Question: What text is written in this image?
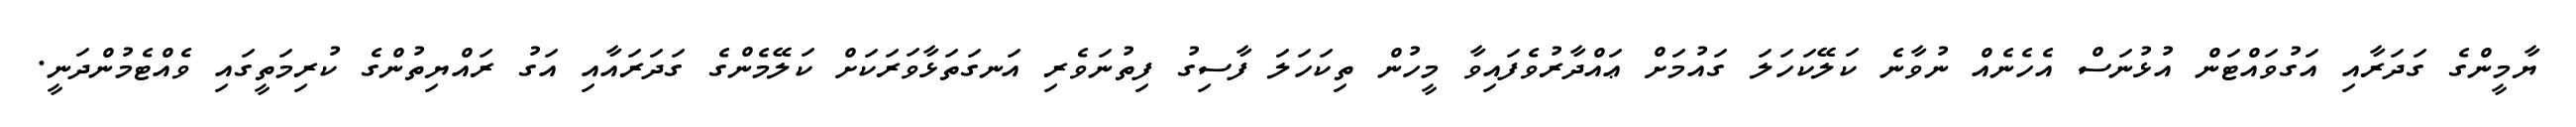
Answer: ޔާމީންގެ ގަދަރާއި އަގުވައްޓަން އުޅުނަސް އެހެނެއް ނުވާނެ ކަލޭކަހަލަ ގައުމަށް ޢައްދާރުވެފައިވާ މީހުން ތިކަހަލަ ފާސިގު ފިތުނަވެރި އަނގަތަޅާވަރަކަށް ކަލޭމެންގެ ގަދަރައާއި އަގު ރައްޔިތުންގެ ކުރިމަތީގައި ވެއްޓެމުންދަނީ.